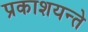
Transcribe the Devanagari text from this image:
प्रकाशयन्ते